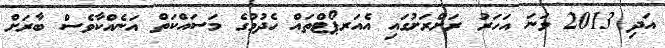
އަދި 2013 ވަނަ އަހަރު ރަށްރަށުގައި އެއަރޕޯޓްތައް ހެދުމުގެ މަސައްކަތް އަނެއްކާވެސް ބާރަށް